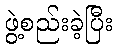
ဖွဲ့စည်းခဲ့ပြီး